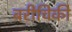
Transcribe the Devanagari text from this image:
बरीचिकी